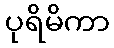
ပုရိမိကာ